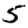
Digit: 5